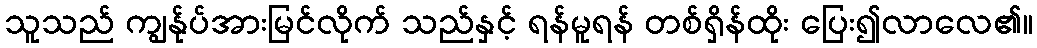
သူသည် ကျွန်ုပ်အားမြင်လိုက် သည်နှင့် ရန်မူရန် တစ်ရှိန်ထိုး ပြေး၍လာလေ၏။